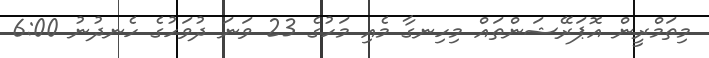
މިތަމްރީން އޮޕަރޭޝަންތައް މިހިނގާ މެއި މަހުގެ 23 ވަނަ ދުވަހުގެ ހެނދުނު 6:00